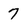
Character: 7